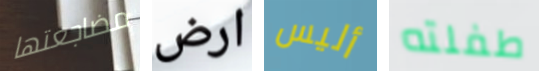
مضاجعتها ارض أليس طفلته